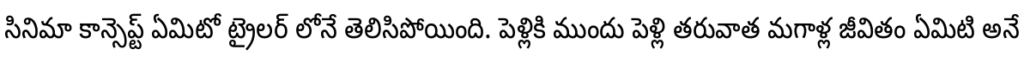
సినిమా కాన్సెప్ట్ ఏమిటో ట్రైలర్ లోనే తెలిసిపోయింది. పెళ్లికి ముందు పెళ్లి తరువాత మగాళ్ల జీవితం ఏమిటి అనే